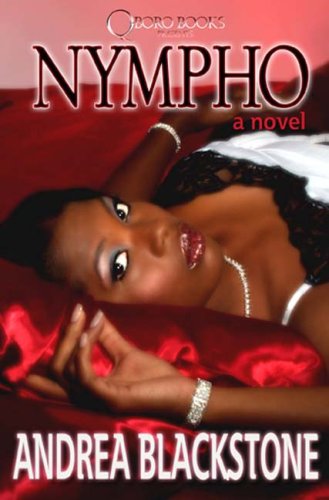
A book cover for Nympho; Andrea Blackstone; Romance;